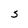
Character: S